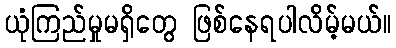
ယုံကြည်မှုမရှိတွေ ဖြစ်နေရပါလိမ့်မယ်။